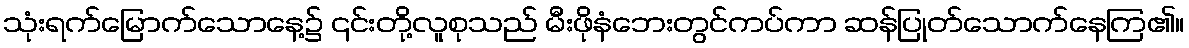
သုံးရက်မြောက်သောနေ့၌ ၎င်းတို့လူစုသည် မီးဖိုနံဘေးတွင်ကပ်ကာ ဆန်ပြုတ်သောက်နေကြ၏။